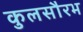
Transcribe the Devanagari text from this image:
कुलसौरभ